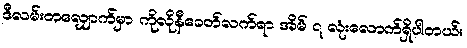
ဒီလမ်းတလျှောက်မှာ ကိုလိုနီခေတ်လက်ရာ အိမ် ၇ လုံးလောက်ရှိပါတယ်။